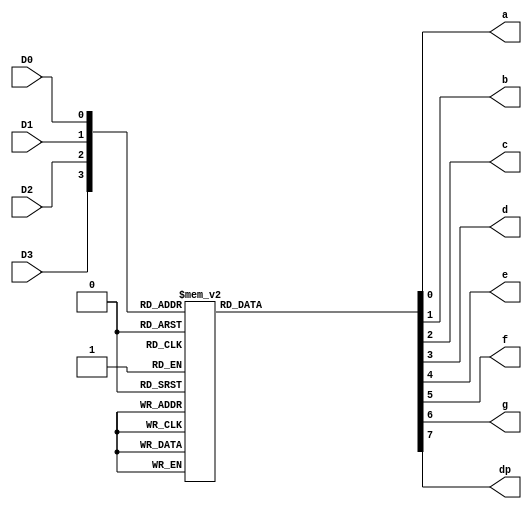
module ym (a,b,c,d,e,f,g,dp,D3,D2,D1,D0);
input D3,D2,D1,D0;
output a,b,c,d,e,f,g,dp;
reg a,b,c,d,e,f,g,dp;
always@(D3,D2,D1,D0)
begin
    case ({D3,D2,D1,D0})
        4'd0: {dp,g,f,e,d,c,b,a} = 8'hc0;
        4'd1: {dp,g,f,e,d,c,b,a} = 8'hf9;
        4'd2: {dp,g,f,e,d,c,b,a} = 8'ha4;
        4'd3: {dp,g,f,e,d,c,b,a} = 8'hb0;
        4'd4: {dp,g,f,e,d,c,b,a} = 8'h99;
        4'd5: {dp,g,f,e,d,c,b,a} = 8'h92;
        4'd6: {dp,g,f,e,d,c,b,a} = 8'h82;
        4'd7: {dp,g,f,e,d,c,b,a} = 8'hf8;
        4'd8: {dp,g,f,e,d,c,b,a} = 8'h80;
        4'd9: {dp,g,f,e,d,c,b,a} = 8'h90;
        default: {dp,g,f,e,d,c,b,a} = 8'hfe;
    endcase
end
endmodule